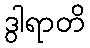
ဒွါရာတိ